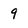
Character: 9